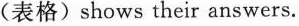
(表格) shows their answers.